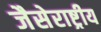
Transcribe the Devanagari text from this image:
जैसेराष्ट्रीय